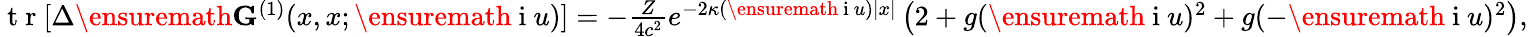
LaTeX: \begin{array}{r}{\mathrm{~t~r~}[\Delta\ensuremath{\mathbf{G}}^{(1)}(x,x;\ensuremath{\mathrm{~i~}}u)]=-\frac{Z}{4c^{2}}e^{-2\kappa(\ensuremath{\mathrm{~i~}}u)|x|}\left(2+g(\ensuremath{\mathrm{~i~}}u)^{2}+g(-\ensuremath{\mathrm{~i~}}u)^{2}\right),}\end{array}